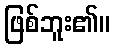
ဖြစ်ဘူး၏။